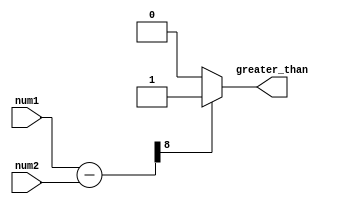
module unsigned_comparator (
   input [7:0] num1,
   input [7:0] num2,
   output reg greater_than
);

reg [8:0] difference;

always @ (num1 or num2) begin
   difference = num1 - num2;
   if (difference[8] == 1) begin
      greater_than = 1;
   end else begin
      greater_than = 0;
   end
end

endmodule